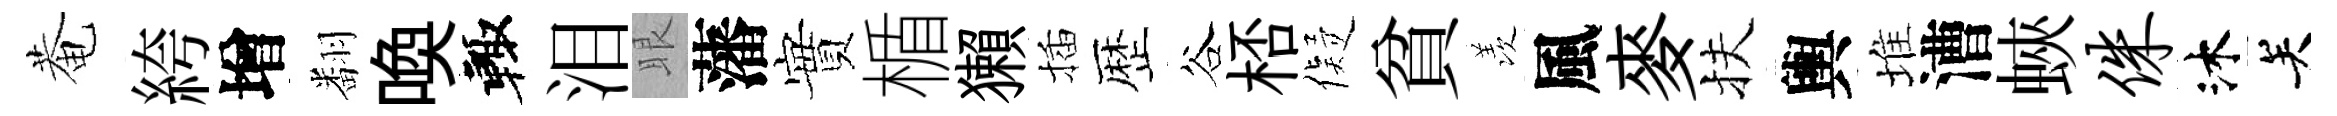
菴絝增翻喚輙泪眼藩實楯獺插歴谷桮儗貧羡風麥扶輿堆漕蛺侏沐关